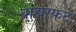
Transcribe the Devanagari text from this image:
ब्राह्मस्फट